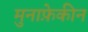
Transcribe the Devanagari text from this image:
मुनाफ़ेकीन